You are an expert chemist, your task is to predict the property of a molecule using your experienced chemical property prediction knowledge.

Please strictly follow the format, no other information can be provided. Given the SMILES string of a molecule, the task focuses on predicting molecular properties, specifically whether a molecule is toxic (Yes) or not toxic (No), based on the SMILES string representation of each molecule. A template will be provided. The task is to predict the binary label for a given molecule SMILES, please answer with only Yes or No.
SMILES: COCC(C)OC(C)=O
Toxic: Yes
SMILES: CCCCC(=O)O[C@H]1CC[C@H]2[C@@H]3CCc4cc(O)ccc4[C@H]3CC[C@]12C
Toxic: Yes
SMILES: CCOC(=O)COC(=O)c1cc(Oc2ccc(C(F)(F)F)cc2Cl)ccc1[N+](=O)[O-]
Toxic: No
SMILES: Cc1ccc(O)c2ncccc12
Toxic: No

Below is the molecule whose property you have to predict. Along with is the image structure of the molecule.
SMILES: CCCC(=O)OCCC(C)C
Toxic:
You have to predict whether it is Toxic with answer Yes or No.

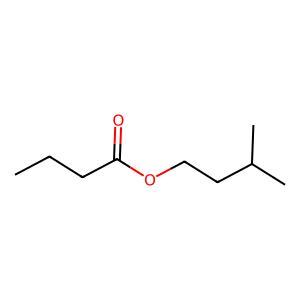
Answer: No